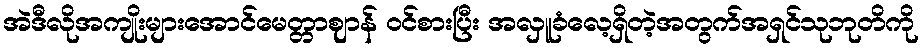
အဲဒီလိုအကျိုးများအောင်မေတ္တာဈာန် ဝင်စားပြီး အလှူခံလေ့ရှိတဲ့အတွက်အရှင်သုဘုတိကို